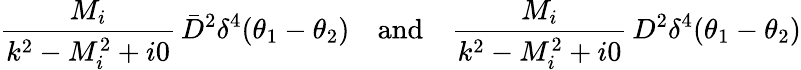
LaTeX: \frac{M_{i}}{k^{2}-M_{i}^{2}+i0}\, \bar{D}^{2}\delta^{4}(\theta_{1}-\theta_{2})\quad\mathrm{and}\quad\frac{M_{i}}{k^{2}-M_{i}^{2}+i0}\, D^{2}\delta^{4}(\theta_{1}-\theta_{2})